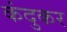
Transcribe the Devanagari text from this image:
कंदुकर